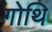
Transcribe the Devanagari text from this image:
गोथि